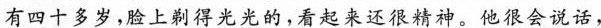
有四十多岁，脸上别得光光的，看起来还报精神。他很会说话